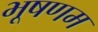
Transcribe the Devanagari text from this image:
भूषणम